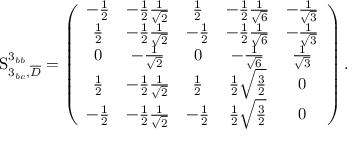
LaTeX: { \boldmath \mathrm { S } } _ { 3 _ { b c } , \overline { { D } } } ^ { 3 _ { b b } } = \left( \begin{array} { c c c c c } { { - { \frac { 1 } { 2 } } } } & { { - { \frac { 1 } { 2 } } { \frac { 1 } { { \sqrt { 2 } } } } } } & { { { \frac { 1 } { 2 } } } } & { { - { \frac { 1 } { 2 } } { \frac { 1 } { { \sqrt { 6 } } } } } } & { { - { \frac { 1 } { { \sqrt { 3 } } } } } } \\ { { { \frac { 1 } { 2 } } } } & { { - { \frac { 1 } { 2 } } { \frac { 1 } { { \sqrt { 2 } } } } } } & { { - { \frac { 1 } { 2 } } } } & { { - { \frac { 1 } { 2 } } { \frac { 1 } { { \sqrt { 6 } } } } } } & { { - { \frac { 1 } { { \sqrt { 3 } } } } } } \\ { { 0 } } & { { - { \frac { 1 } { { \sqrt { 2 } } } } } } & { { 0 } } & { { - { \frac { 1 } { { \sqrt { 6 } } } } } } & { { { \frac { 1 } { { \sqrt { 3 } } } } } } \\ { { { \frac { 1 } { 2 } } } } & { { - { \frac { 1 } { 2 } } { \frac { 1 } { { \sqrt { 2 } } } } } } & { { { \frac { 1 } { 2 } } } } & { { { \frac { 1 } { 2 } } { \sqrt { { \frac { 3 } { 2 } } } } } } & { { 0 } } \\ { { - { \frac { 1 } { 2 } } } } & { { - { \frac { 1 } { 2 } } { \frac { 1 } { { \sqrt { 2 } } } } } } & { { - { \frac { 1 } { 2 } } } } & { { { \frac { 1 } { 2 } } { \sqrt { { \frac { 3 } { 2 } } } } } } & { { 0 } } \end{array} \right) .